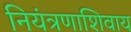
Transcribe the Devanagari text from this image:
नियंत्रणाशिवाय